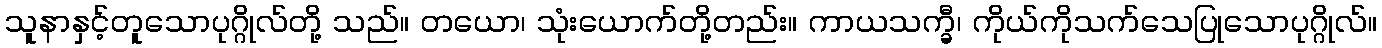
သူနာနှင့်တူသောပုဂ္ဂိုလ်တို့ သည်။ တယော၊ သုံးယောက်တို့တည်း။ ကာယသက္ခီ၊ ကိုယ်ကိုသက်သေပြုသောပုဂ္ဂိုလ်။